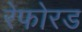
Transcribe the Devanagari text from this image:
रेफोरड